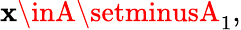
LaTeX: \mathbf{x}\inA\setminusA_{1},